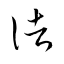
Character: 諸